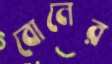
বোনের